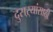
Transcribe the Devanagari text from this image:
दुसऱ्यांसाठी